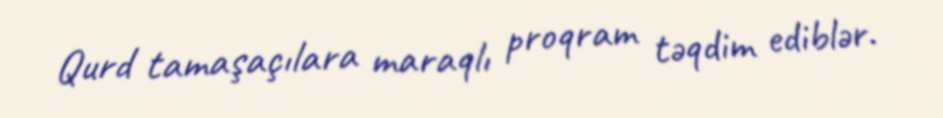
Qurd tamaşaçılara maraqlı proqram təqdim ediblər.